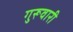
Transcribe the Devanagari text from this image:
गुरूवारी